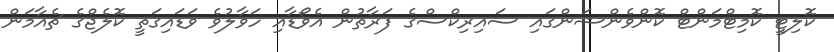
ކޮލިޓީ ކޮމިޓްމަންޓް ކޮންވެންޝަންގައި ސައިރިކްސްގެ ފަރާތުން އެވޯޑާއި ހަވާލުވެ ވަޑައިގަތީ ކޮލެޖްގެ ޗެއާމަން